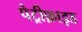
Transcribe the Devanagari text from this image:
पेट्रीफ़ाइड